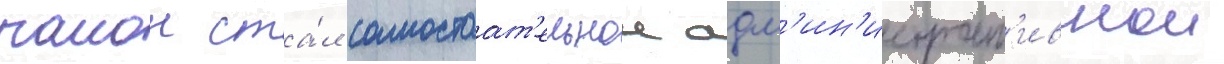
раион ста́л самостоат'ельнои адм'ин'истрат'ивнои